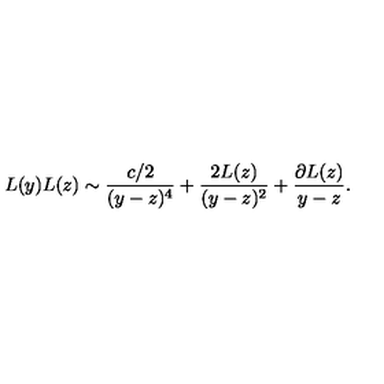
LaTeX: L ( y ) L ( z ) \sim \frac { c / 2 } { ( y - z ) ^ { 4 } } + \frac { 2 L ( z ) } { ( y - z ) ^ { 2 } } + \frac { \partial L ( z ) } { y - z } .